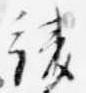
綾